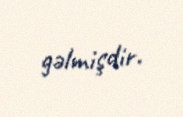
gəlmişdir.